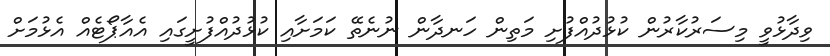
ވިދާޅުވީ މިސަރުކާރުން ކުޅުދުއްފުށި މަތިން ހަނދާން ނުނެތޭ ކަމަށާއި ކުޅުދުއްފުށީގައި އެއާޕޯޓެއް އެޅުމަށް